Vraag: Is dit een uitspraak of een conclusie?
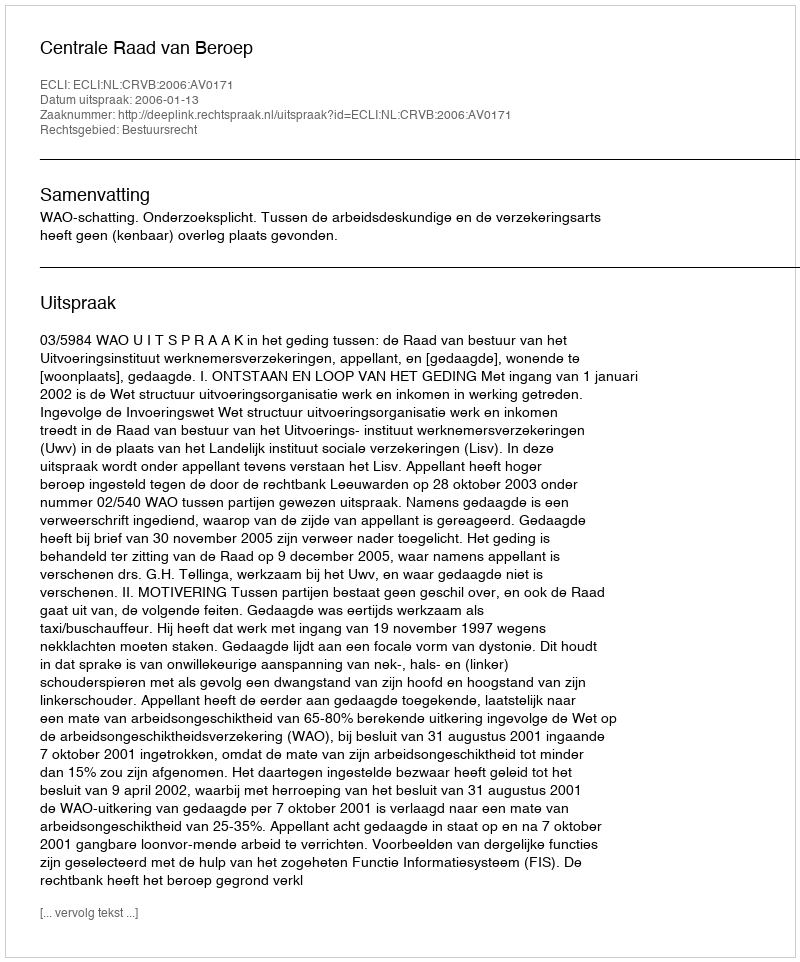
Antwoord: Uitspraak